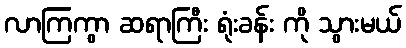
လာကြကွာ ဆရာကြီး ရုံးခန်း ကို သွားမယ်